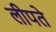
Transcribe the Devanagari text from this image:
लीपते